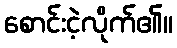
စောင်းငဲ့လိုက်၏။